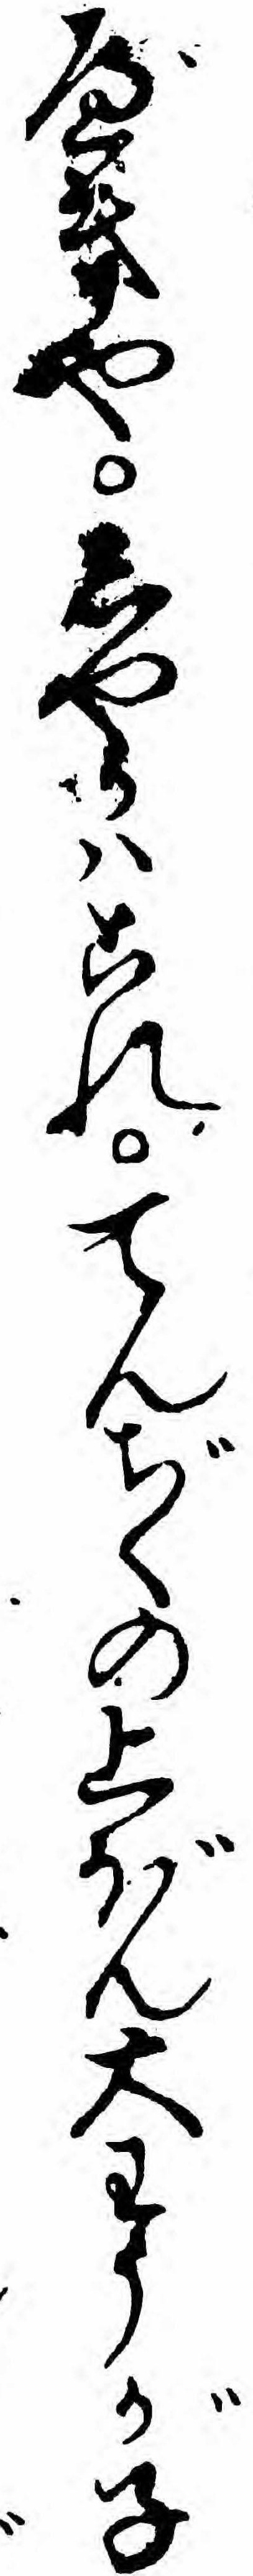
べきやしやかハこれてんぢくの上ぼん大わうが子